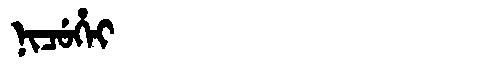
Manchu: ᠨᡳᠴᡠᡥᡝᡳ
Romanization: NICUHEI